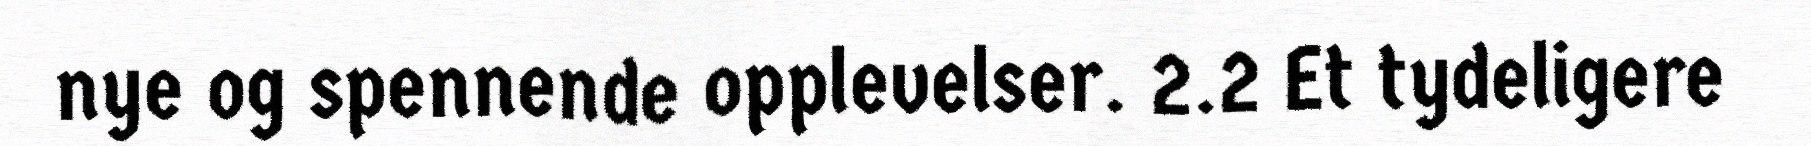
nye og spennende opplevelser. 2.2 Et tydeligere